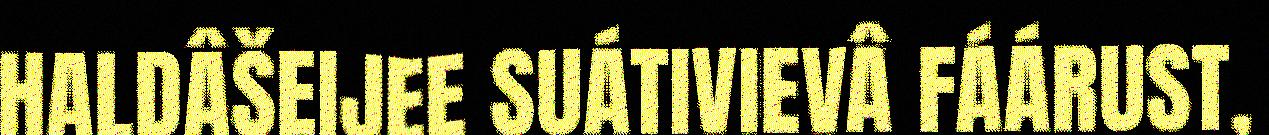
HALDÂŠEIJEE SUÁTIVIEVÂ FÁÁRUST,